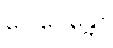
ဂေါပေန္တော